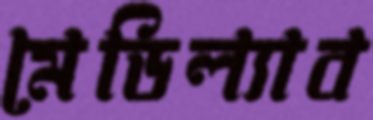
মেডিল্যাব